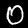
Label: 0